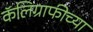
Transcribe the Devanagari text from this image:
कॅलिग्राफीच्या